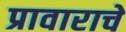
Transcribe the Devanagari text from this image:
प्रावाराचे